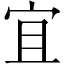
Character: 宜